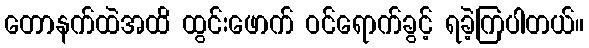
တောနက်ထဲအထိ ထွင်းဖောက် ဝင်ရောက်ခွင့် ရခဲ့ကြပါတယ်။